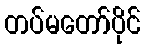
တပ်မတော်ပိုင်